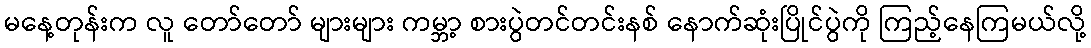
မနေ့တုန်းက လူ တော်တော် များများ ကမ္ဘာ့ စားပွဲတင်တင်းနစ် နောက်ဆုံးပြိုင်ပွဲကို ကြည့်နေကြမယ်လို့